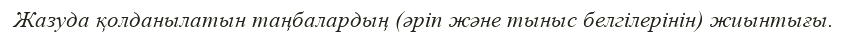
Жазуда қолданылатын таңбалардың (әріп және тыныс белгілерінін) жиынтығы.